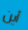
أين